Source: Handwritten
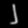
Digit: ၂ (2)